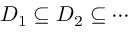
D _ { 1 } \subseteq D _ { 2 } \subseteq \cdots